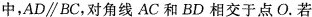
中，AD \parallel BC，对角线 AC 和 BD相 交于点 O.若